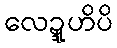
လေဍ္ဍူဟိပိ